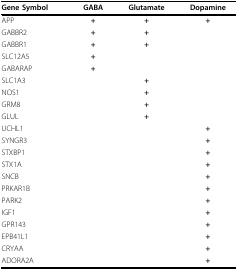
| Gene Symbol | GABA | Glutamate | Dopamine |
 | --- | --- | --- | --- |
 | APP | + | + | + |
 | GABBR2 | + | + |  |
 | GABBR1 | + | + |  |
 | SLC12A5 | + |  |  |
 | GABARAP | + |  |  |
 | SLC1A3 |  | + |  |
 | NOS1 |  | + |  |
 | GRM8 |  | + |  |
 | GLUL |  | + |  |
 | UCHL1 |  |  | + |
 | SYNGR3 |  |  | + |
 | STXBP1 |  |  | + |
 | STX1A |  |  | + |
 | SNCB |  |  | + |
 | PRKAR1B |  |  | + |
 | PARK2 |  |  | + |
 | IGF1 |  |  | + |
 | GPR143 |  |  | + |
 | EPB41L1 |  |  | + |
 | CRYAA |  |  | + |
 | ADORA2A |  |  | + |